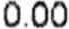
0.00